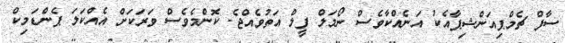
ސާފް ޗެމްޕިއަންޝިޕާއެކު އަނެއްކާވެސް ނޯމަލް ފީލް އަތުވެއްޖެ. ކޮންމެވެސް ވަރަކަށް އެއްކަލަ ޕެންޑަމިކް